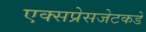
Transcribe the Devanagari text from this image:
एक्सप्रेसजेटकडे